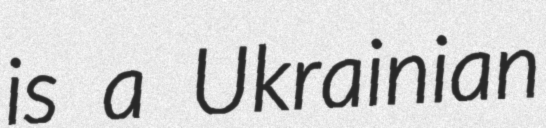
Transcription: is a Ukrainian